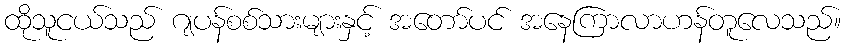
ထိုသူငယ်သည် ဂျပန်စစ်သားများနှင့် အတော်ပင် အနေကြာလာဟန်တူလေသည်။